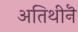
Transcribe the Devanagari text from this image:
अतिथीनॆ